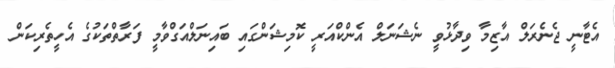
އެޓާނީ ޖެނެރަލް އާޒިމާ ވިދާޅުވީ ނެޝަނަލް އެންކްއަރީ ކޮމިޝަންގައި ބައިނަލްއަގްވާމީ ފަރާތްތަކުގެ އެހީތެރިކަން